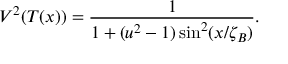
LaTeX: V ^ { 2 } ( T ( x ) ) = \frac { 1 } { 1 + ( u ^ { 2 } - 1 ) \sin ^ { 2 } ( x / \zeta _ { B } ) } .